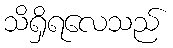
သိရှိရလေသည်